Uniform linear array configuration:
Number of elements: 48
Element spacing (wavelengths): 0.5
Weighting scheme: kaiser
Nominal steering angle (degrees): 15
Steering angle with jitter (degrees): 14.969
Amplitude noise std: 0.05
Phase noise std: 0.05

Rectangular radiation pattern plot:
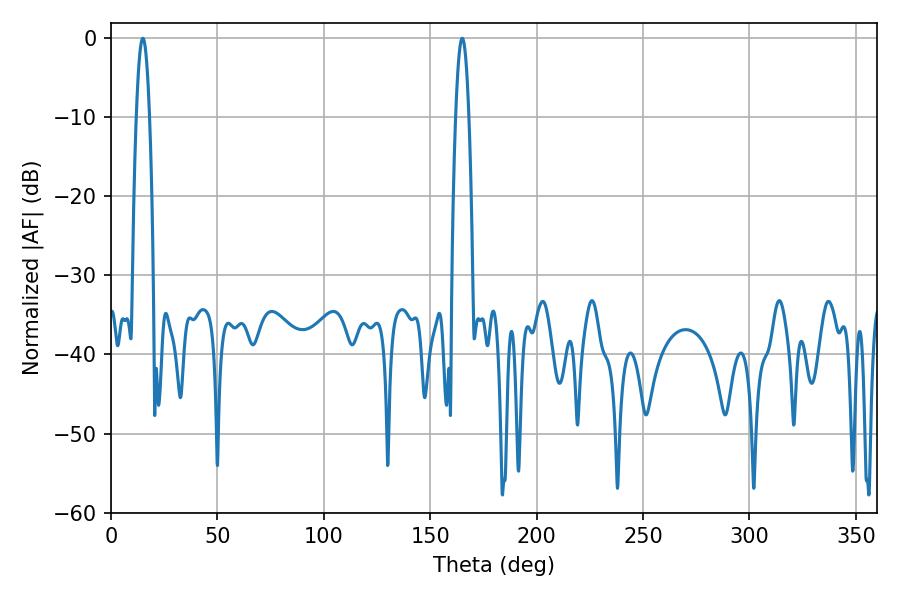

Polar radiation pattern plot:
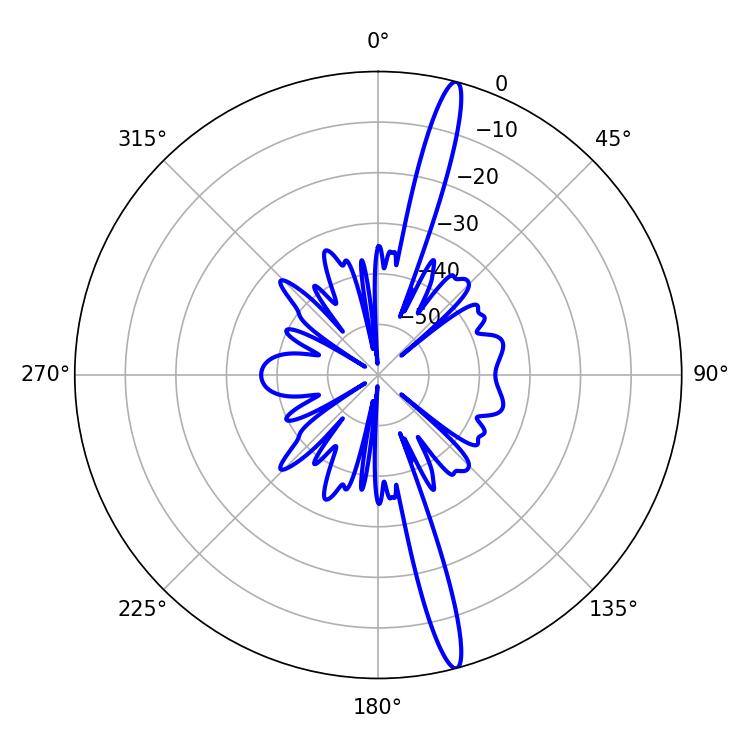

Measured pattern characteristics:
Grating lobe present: FALSE
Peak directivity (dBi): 17.734
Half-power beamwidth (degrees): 3.24
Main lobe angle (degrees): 14.94